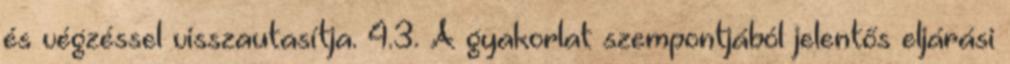
és végzéssel visszautasítja. 4.3. A gyakorlat szempontjából jelentős eljárási